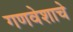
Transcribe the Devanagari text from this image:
गणवेशाचे